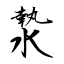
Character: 漐